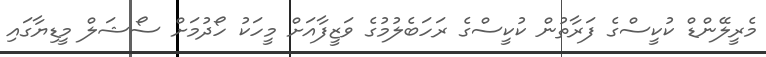
މެރީލޭންޑް ކުކީސްގެ ފަރާތުން ކުކީސްގެ ރަހަބެލުމުގެ ވަޒީފާއަށް މީހަކު ހޯދުމަށް ސޯޝަލް މީޑިޔާގައި